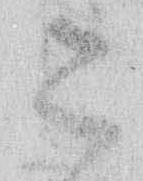
こ